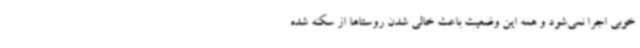
خوبی اجرا نمی‌شود و همه این وضعیت باعث خالی شدن روستاها از سکنه شده